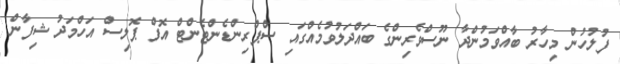
ފުލުހުން މިހާރު ބާއްވަމުންދާ ނޫސްވެރިންގެ ބައްދަލުވުމެއްގައި ސްޕްރިންޑެންޓެންޓް އޮފް ޕޮލިސް އަހްމަދު ޝިފާން